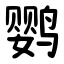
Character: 鹦